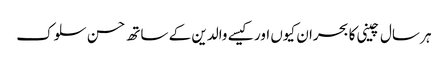
ہر سال چینی کا بحران کیوں اور کیسے	 والدین کے ساتھ حسن سلوک